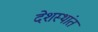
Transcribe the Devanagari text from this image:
देशस्थांत